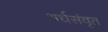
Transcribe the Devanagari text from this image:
अर्धसंवृत